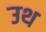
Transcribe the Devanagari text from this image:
उथ